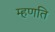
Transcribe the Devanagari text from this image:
म्हणति